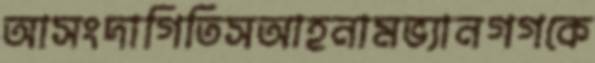
আসংদাগিতিসআহনামভ্যানগগকে